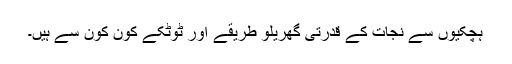
ہچکیوں سے نجات کے قدرتی گھریلو طریقے اور ٹوٹکے کون کون سے ہیں۔